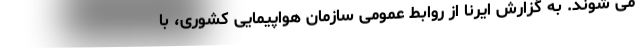
می شوند. به گزارش ایرنا از روابط عمومی سازمان هواپیمایی کشوری، با